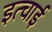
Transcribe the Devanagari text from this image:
इत्चाई